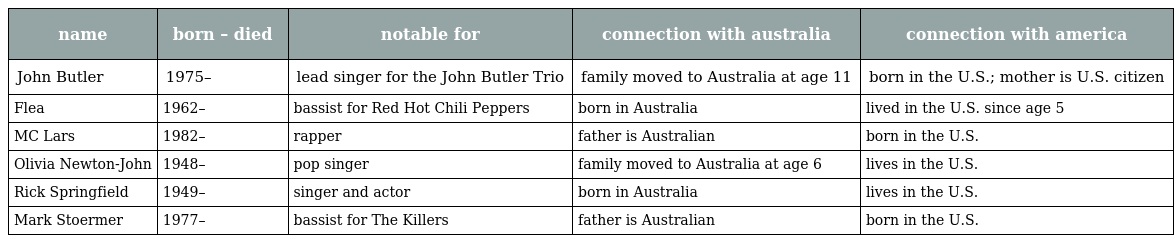
| name | born – died | notable for | connection with australia | connection with america |
 | --- | --- | --- | --- | --- |
 | John Butler | 1975– | lead singer for the John Butler Trio | family moved to Australia at age 11 | born in the U.S.; mother is U.S. citizen |
 | Flea | 1962– | bassist for Red Hot Chili Peppers | born in Australia | lived in the U.S. since age 5 |
 | MC Lars | 1982– | rapper | father is Australian | born in the U.S. |
 | Olivia Newton-John | 1948– | pop singer | family moved to Australia at age 6 | lives in the U.S. |
 | Rick Springfield | 1949– | singer and actor | born in Australia | lives in the U.S. |
 | Mark Stoermer | 1977– | bassist for The Killers | father is Australian | born in the U.S. |